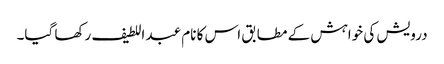
درویش کی خواہش کے مطابق اس کا نام عبد اللطیف رکھا گیا۔